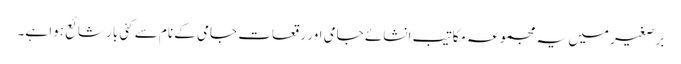
برصغیر میں یہ مجموعہ مکاتیب انشائے جامی اور رقعات جامی کے نام سے کئی بار شائع ہوا ہے۔